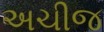
અચીજ